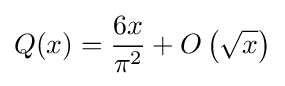
Q(x)={\frac {6x}{\pi ^{2}}}+O\left({\sqrt {x}}\right)